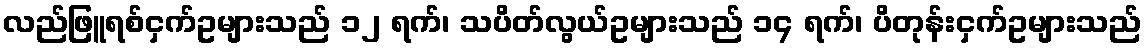
လည်ဖြူရစ်ငှက်ဥများသည် ၁၂ ရက်၊ သပိတ်လွယ်ဥများသည် ၁၄ ရက်၊ ပိတုန်းငှက်ဥများသည်